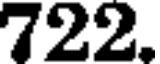
722.